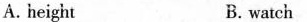
A. height B. watch